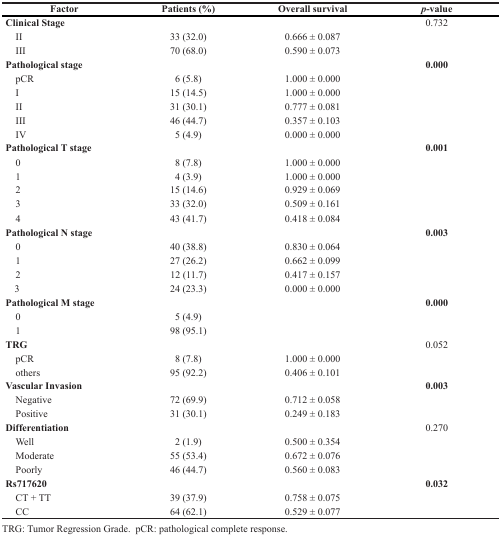
<table><thead><tr><td><b>Factor</b></td><td><b>Patients (%)</b></td><td><b>Overall survival</b></td><td><b><i>p</i>-value</b></td></tr></thead><tbody><tr><td><b>Clinical Stage</b></td><td>[EMPTY_CELL]</td><td>[EMPTY_CELL]</td><td>0.732</td></tr><tr><td> II</td><td>33 (32.0)</td><td>0.666 ± 0.087</td><td>[EMPTY_CELL]</td></tr><tr><td> III</td><td>70 (68.0)</td><td>0.590 ± 0.073</td><td>[EMPTY_CELL]</td></tr><tr><td><b>Pathological stage</b></td><td>[EMPTY_CELL]</td><td>[EMPTY_CELL]</td><td><b>0.000</b></td></tr><tr><td> pCR</td><td>6 (5.8)</td><td>1.000 ± 0.000</td><td>[EMPTY_CELL]</td></tr><tr><td> I</td><td>15 (14.5)</td><td>1.000 ± 0.000</td><td>[EMPTY_CELL]</td></tr><tr><td> II</td><td>31 (30.1)</td><td>0.777 ± 0.081</td><td>[EMPTY_CELL]</td></tr><tr><td> III</td><td>46 (44.7)</td><td>0.357 ± 0.103</td><td>[EMPTY_CELL]</td></tr><tr><td> IV</td><td>5 (4.9)</td><td>0.000 ± 0.000</td><td>[EMPTY_CELL]</td></tr><tr><td><b>Pathological T stage</b></td><td>[EMPTY_CELL]</td><td>[EMPTY_CELL]</td><td><b>0.001</b></td></tr><tr><td> 0</td><td>8 (7.8)</td><td>1.000 ± 0.000</td><td>[EMPTY_CELL]</td></tr><tr><td> 1</td><td>4 (3.9)</td><td>1.000 ± 0.000</td><td>[EMPTY_CELL]</td></tr><tr><td> 2</td><td>15 (14.6)</td><td>0.929 ± 0.069</td><td>[EMPTY_CELL]</td></tr><tr><td> 3</td><td>33 (32.0)</td><td>0.509 ± 0.161</td><td>[EMPTY_CELL]</td></tr><tr><td> 4</td><td>43 (41.7)</td><td>0.418 ± 0.084</td><td>[EMPTY_CELL]</td></tr><tr><td><b>Pathological N stage</b></td><td>[EMPTY_CELL]</td><td>[EMPTY_CELL]</td><td><b>0.003</b></td></tr><tr><td> 0</td><td>40 (38.8)</td><td>0.830 ± 0.064</td><td>[EMPTY_CELL]</td></tr><tr><td> 1</td><td>27 (26.2)</td><td>0.662 ± 0.099</td><td>[EMPTY_CELL]</td></tr><tr><td> 2</td><td>12 (11.7)</td><td>0.417 ± 0.157</td><td>[EMPTY_CELL]</td></tr><tr><td> 3</td><td>24 (23.3)</td><td>0.000 ± 0.000</td><td>[EMPTY_CELL]</td></tr><tr><td><b>Pathological M stage</b></td><td>[EMPTY_CELL]</td><td>[EMPTY_CELL]</td><td><b>0.000</b></td></tr><tr><td> 0</td><td>5 (4.9)</td><td>[EMPTY_CELL]</td><td>[EMPTY_CELL]</td></tr><tr><td> 1</td><td>98 (95.1)</td><td>[EMPTY_CELL]</td><td>[EMPTY_CELL]</td></tr><tr><td><b>TRG</b></td><td>[EMPTY_CELL]</td><td>[EMPTY_CELL]</td><td>0.052</td></tr><tr><td> pCR</td><td>8 (7.8)</td><td>1.000 ± 0.000</td><td>[EMPTY_CELL]</td></tr><tr><td> others</td><td>95 (92.2)</td><td>0.406 ± 0.101</td><td>[EMPTY_CELL]</td></tr><tr><td><b>Vascular Invasion</b></td><td>[EMPTY_CELL]</td><td>[EMPTY_CELL]</td><td><b>0.003</b></td></tr><tr><td> Negative</td><td>72 (69.9)</td><td>0.712 ± 0.058</td><td>[EMPTY_CELL]</td></tr><tr><td> Positive</td><td>31 (30.1)</td><td>0.249 ± 0.183</td><td>[EMPTY_CELL]</td></tr><tr><td><b>Differentiation</b></td><td>[EMPTY_CELL]</td><td>[EMPTY_CELL]</td><td>0.270</td></tr><tr><td> Well</td><td>2 (1.9)</td><td>0.500 ± 0.354</td><td>[EMPTY_CELL]</td></tr><tr><td> Moderate</td><td>55 (53.4)</td><td>0.672 ± 0.076</td><td>[EMPTY_CELL]</td></tr><tr><td> Poorly</td><td>46 (44.7)</td><td>0.560 ± 0.083</td><td>[EMPTY_CELL]</td></tr><tr><td><b>Rs717620</b></td><td>[EMPTY_CELL]</td><td>[EMPTY_CELL]</td><td><b>0.032</b></td></tr><tr><td> CT + TT</td><td>39 (37.9)</td><td>0.758 ± 0.075</td><td>[EMPTY_CELL]</td></tr><tr><td> CC</td><td>64 (62.1)</td><td>0.529 ± 0.077</td><td>[EMPTY_CELL]</td></tr></tbody></table>